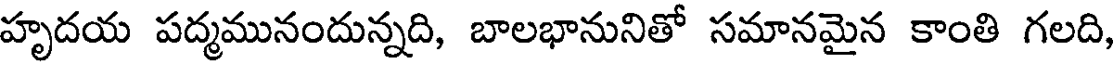
హృదయ పద్మమునందున్నది, బాలభానునితో సమానమైన కాంతి గలది,